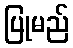
ပြုမည်